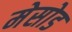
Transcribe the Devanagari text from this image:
मेसोड